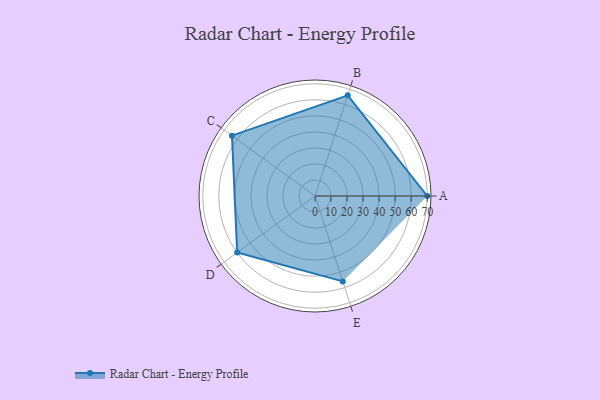
{"axis": {"x": "Skill", "y": "Score"}, "legend": ["Profile"], "data": [{"x": "A", "y": 70.0, "type": "Profile"}, {"x": "B", "y": 66.0, "type": "Profile"}, {"x": "C", "y": 64.0, "type": "Profile"}, {"x": "D", "y": 60.0, "type": "Profile"}, {"x": "E", "y": 56.0, "type": "Profile"}]}